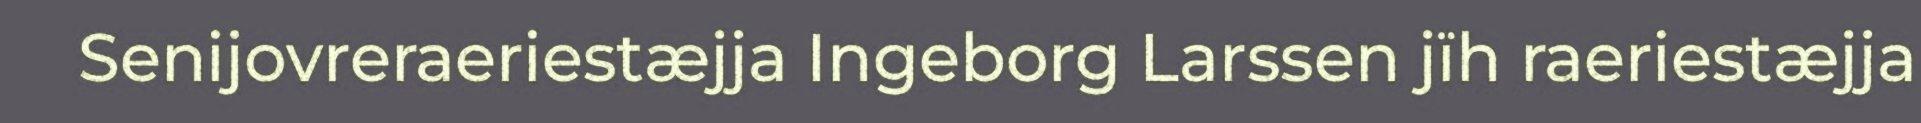
Senijovreraeriestæjja Ingeborg Larssen jïh raeriestæjja